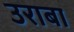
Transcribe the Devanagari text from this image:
उराबा